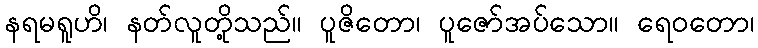
နရမရူဟိ၊ နတ်လူတို့သည်။ ပူဇိတော၊ ပူဇော်အပ်သော။ ရေဝတော၊